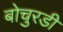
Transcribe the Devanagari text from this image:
बोचुरडी